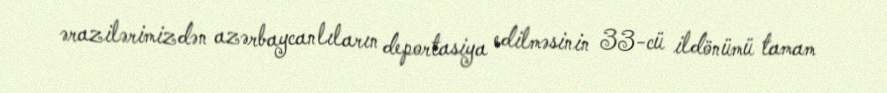
ərazilərimizdən azərbaycanlıların deportasiya edilməsinin 33-cü ildönümü tamam